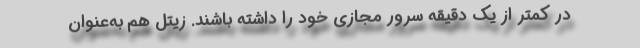
در کمتر از یک دقیقه سرور مجازی خود را داشته باشند. زیتل هم به‌عنوان